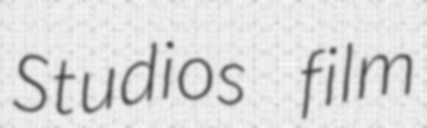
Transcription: Studios film